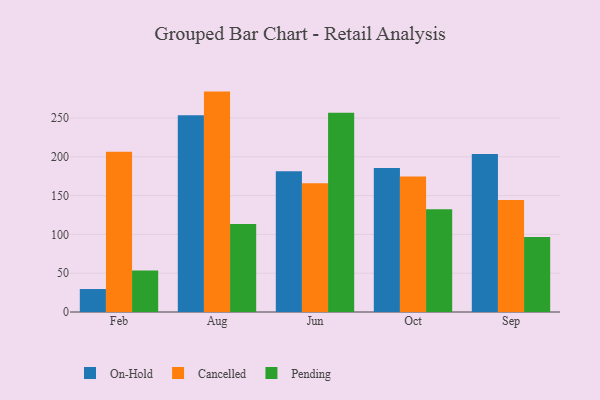
{"axis": {"x": "Month", "y": "Page Views"}, "legend": ["Cancelled", "On-Hold", "Pending"], "data": [{"x": "Feb", "y": 29.6, "type": "On-Hold"}, {"x": "Feb", "y": 206.6, "type": "Cancelled"}, {"x": "Feb", "y": 53.6, "type": "Pending"}, {"x": "Aug", "y": 253.4, "type": "On-Hold"}, {"x": "Aug", "y": 284.0, "type": "Cancelled"}, {"x": "Aug", "y": 113.3, "type": "Pending"}, {"x": "Jun", "y": 181.3, "type": "On-Hold"}, {"x": "Jun", "y": 166.0, "type": "Cancelled"}, {"x": "Jun", "y": 256.6, "type": "Pending"}, {"x": "Oct", "y": 185.7, "type": "On-Hold"}, {"x": "Oct", "y": 174.7, "type": "Cancelled"}, {"x": "Oct", "y": 132.5, "type": "Pending"}, {"x": "Sep", "y": 203.7, "type": "On-Hold"}, {"x": "Sep", "y": 144.3, "type": "Cancelled"}, {"x": "Sep", "y": 96.7, "type": "Pending"}]}